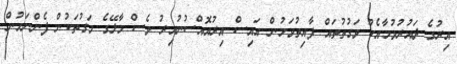
އިރުގެ ދައުރުވުމާއެކު ވަގުތުތައް ފާއިތުވަމުން އައިސް އިރުއޮއްސުނުއިރު ވެސް މާލޭގެ މަގުތަކުން ފެންނަމުން